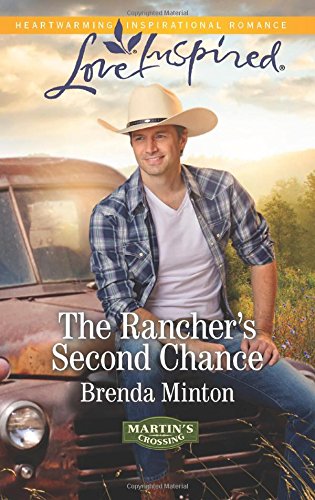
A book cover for The Rancher's Second Chance (Martin's Crossing); Brenda Minton; Romance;